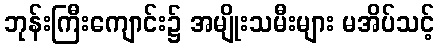
ဘုန်းကြီးကျောင်း၌ အမျိုးသမီးများ မအိပ်သင့်